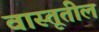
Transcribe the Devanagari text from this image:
वास्तूतील